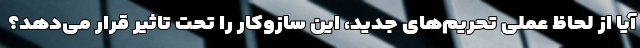
آیا از لحاظ عملی تحریم‌های جدید، این سازوکار را تحت تاثیر قرار می‌دهد؟